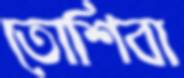
তোশিবা